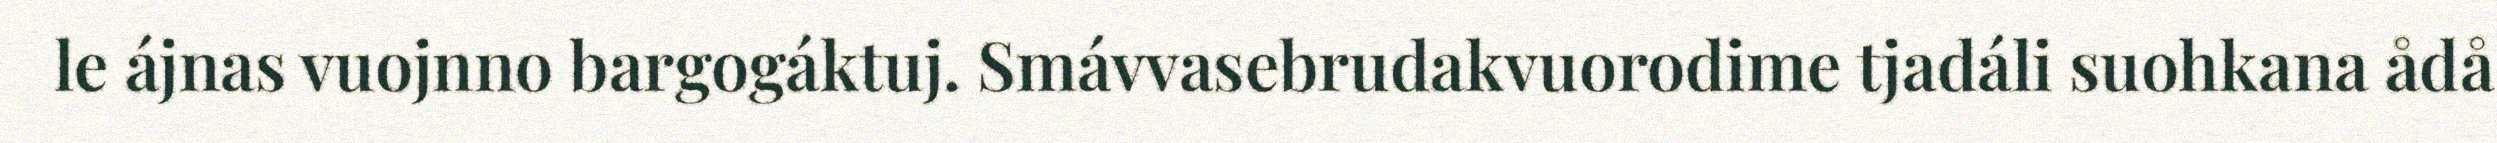
le ájnas vuojnno bargogáktuj. Smávvasebrudakvuorodime tjadáli suohkana ådå